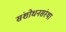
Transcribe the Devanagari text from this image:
संशोधनसंस्था